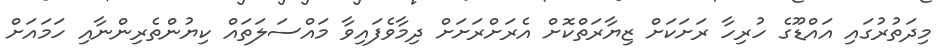
މިދަތުރުގައި އައްޑޫގެ ހުރިހާ ރަށަކަށް ޒިޔާރަތްކޮށް އެރަށްރަށަށް ދިމާވެފައިވާ މައްސަލަތައް ކިޔުންތެރިންނާއި ހަމައަށް